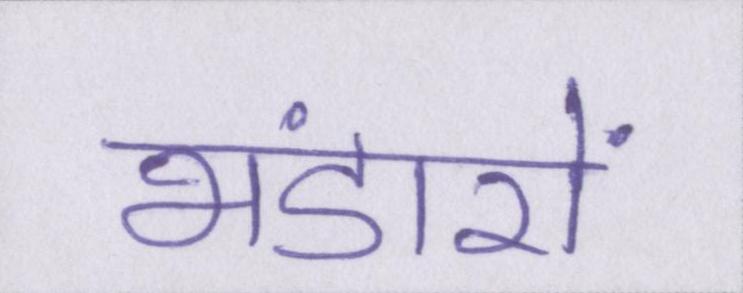
भंडारों